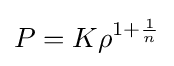
P=K\rho ^{1+{\frac {1}{n}}}